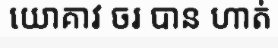
យោគាវ ចរ បាន ហាត់